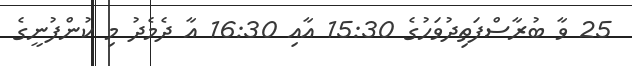
25 ވާ ބުރާސްފަތިދުވަހުގެ 15:30 އާއި 16:30 އާ ދެމެދު މި ކުންފުނީގެ